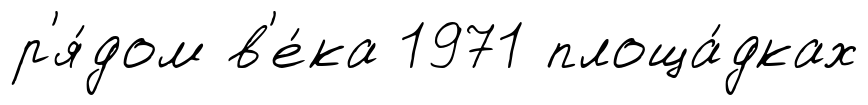
р'я́дом в'е́ка 1971 площа́дках